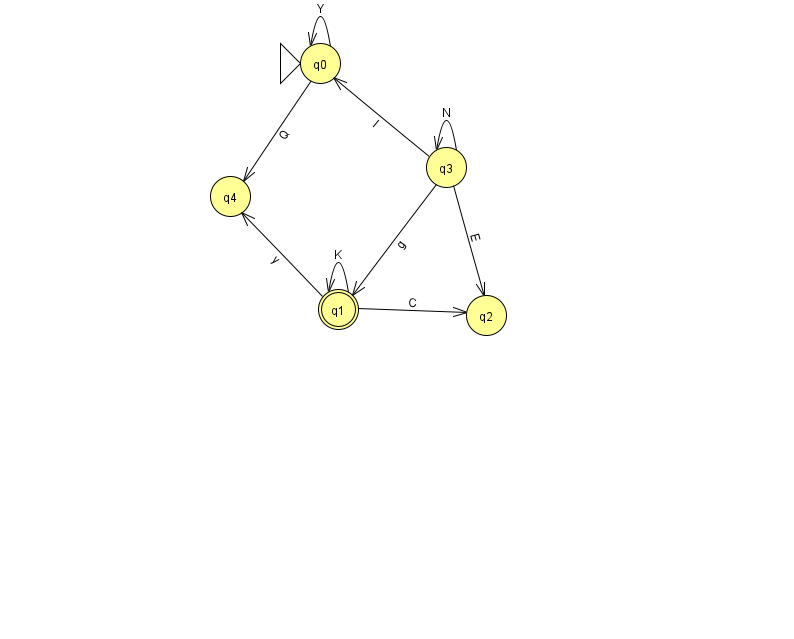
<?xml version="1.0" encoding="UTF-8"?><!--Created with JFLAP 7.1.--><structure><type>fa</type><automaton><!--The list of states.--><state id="0" name="q0"><x>320.0</x><y>50.0</y><initial/></state><state id="1" name="q1"><x>338.0</x><y>296.0</y><final/></state><state id="2" name="q2"><x>486.0</x><y>302.0</y></state><state id="3" name="q3"><x>446.0</x><y>154.0</y></state><state id="4" name="q4"><x>230.0</x><y>183.0</y></state><!--The list of transitions.--><transition><from>3</from><to>0</to><read>l</read></transition><transition><from>0</from><to>4</to><read>Q</read></transition><transition><from>3</from><to>2</to><read>E</read></transition><transition><from>1</from><to>4</to><read>y</read></transition><transition><from>0</from><to>0</to><read>Y</read></transition><transition><from>1</from><to>2</to><read>C</read></transition><transition><from>1</from><to>1</to><read>K</read></transition><transition><from>3</from><to>1</to><read>g</read></transition><transition><from>3</from><to>3</to><read>N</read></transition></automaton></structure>